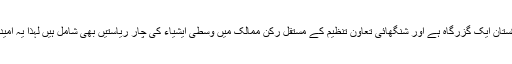
چین کی وسطی ایشیائی ممالک تک رسائی کے لیے پاکستان ایک گزرگاہ ہے اور شنگھائی تعاون تنظیم کے مستقل رکن ممالک میں وسطی ایشیاء کی چار ریاستیں بھی شامل ہیں لہذا یہ امید کی جا سکتی ہے کہ ایس سی او سمٹ کے دوران چین۔